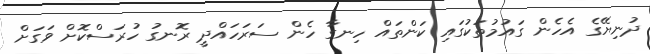
ދުނިޔޭގެ އެހެން ގައުމުތަކުގައި ކަންތައް ހިނގާ ހެން ސަރަހައްދީ ރޮނގު ހުރަސްކޮށް ވަގަށް